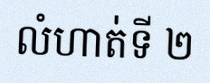
លំហាត់ទី ២